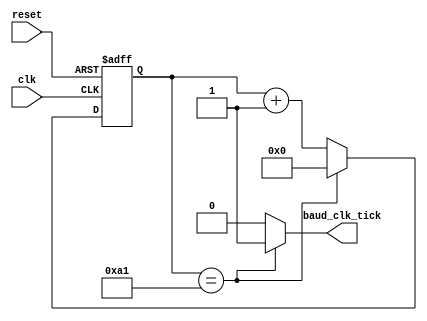
module uart_baud_clk
#(
  parameter SYS_CLK_FREQ             = 50000000,
  parameter BAUD                     = 19200,
  parameter BAUD_CLK_OVERSAMPLE_RATE = 16
)
(
  input  wire clk,
  input  wire reset,
  output wire baud_clk_tick
);

localparam [15:0] CLKS_PER_OVERSAMPLE_TICK = (SYS_CLK_FREQ / BAUD) / BAUD_CLK_OVERSAMPLE_RATE;

// Registers
reg  [15:0] q_cnt;
wire [15:0] d_cnt;

always @(posedge clk, posedge reset)
  begin
    if (reset)
      q_cnt <= 0;
    else
      q_cnt <= d_cnt;
  end

assign d_cnt         = (q_cnt == (CLKS_PER_OVERSAMPLE_TICK - 1)) ? 16'h0000 : (q_cnt + 16'h0001);
assign baud_clk_tick = (q_cnt == (CLKS_PER_OVERSAMPLE_TICK - 1)) ? 1'b1     : 1'b0;

endmodule